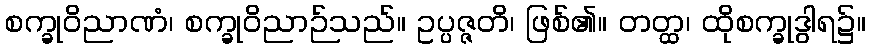
စက္ခုဝိညာဏံ၊ စက္ခုဝိညာဉ်သည်။ ဥပ္ပဇ္ဇတိ၊ ဖြစ်၏။ တတ္ထ၊ ထိုစက္ခုဒွါရ၌။